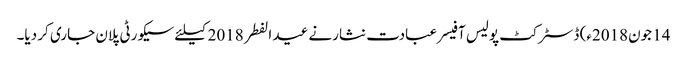
14 جون2018ء) ڈسٹرکٹ پولیس آفیسر عبادت نثارنے عید الفطر 2018کیلئے سیکورٹی پلان جاری کر دیا۔